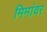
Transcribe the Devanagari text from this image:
मिमांवर